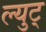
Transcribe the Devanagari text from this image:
ल्युट्